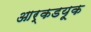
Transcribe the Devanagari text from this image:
आर्कडयूक